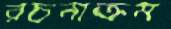
রচনাক্রম